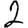
Digit: 2